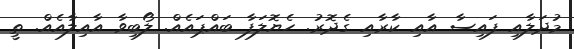
މުދަލާއި ފައިސާ އާއި ކާރާއި ގެދޮރު. ހެޔޮލަފާ ބައްޕައެއް. ލޯބިވާ އާއިލާއެއް. ތީ